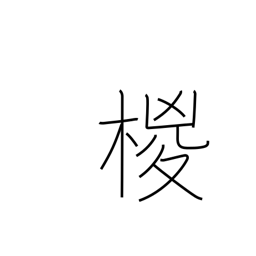
Meaning: hemp palm